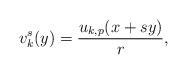
LaTeX: \begin{align*}v_k^s(y)=\frac{u_{k,p}(x + sy)}{r},\end{align*}